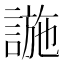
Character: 𧩹